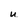
Character: U